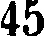
45